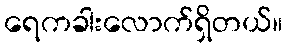
ရေကခါးလောက်ရှိတယ်။